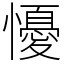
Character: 懮